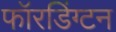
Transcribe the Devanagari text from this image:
फॉरडिंग्टन